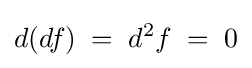
d(df)\;=\;d^{2}f\;=\;0